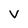
Character: V